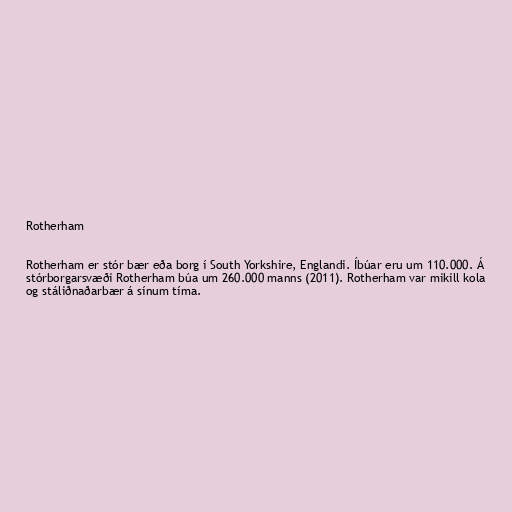
Rotherham

Rotherham er stór bær eða borg í South Yorkshire, Englandi. Íbúar eru um 110.000. Á
stórborgarsvæði Rotherham búa um 260.000 manns (2011). Rotherham var mikill kola
og stáliðnaðarbær á sínum tíma.